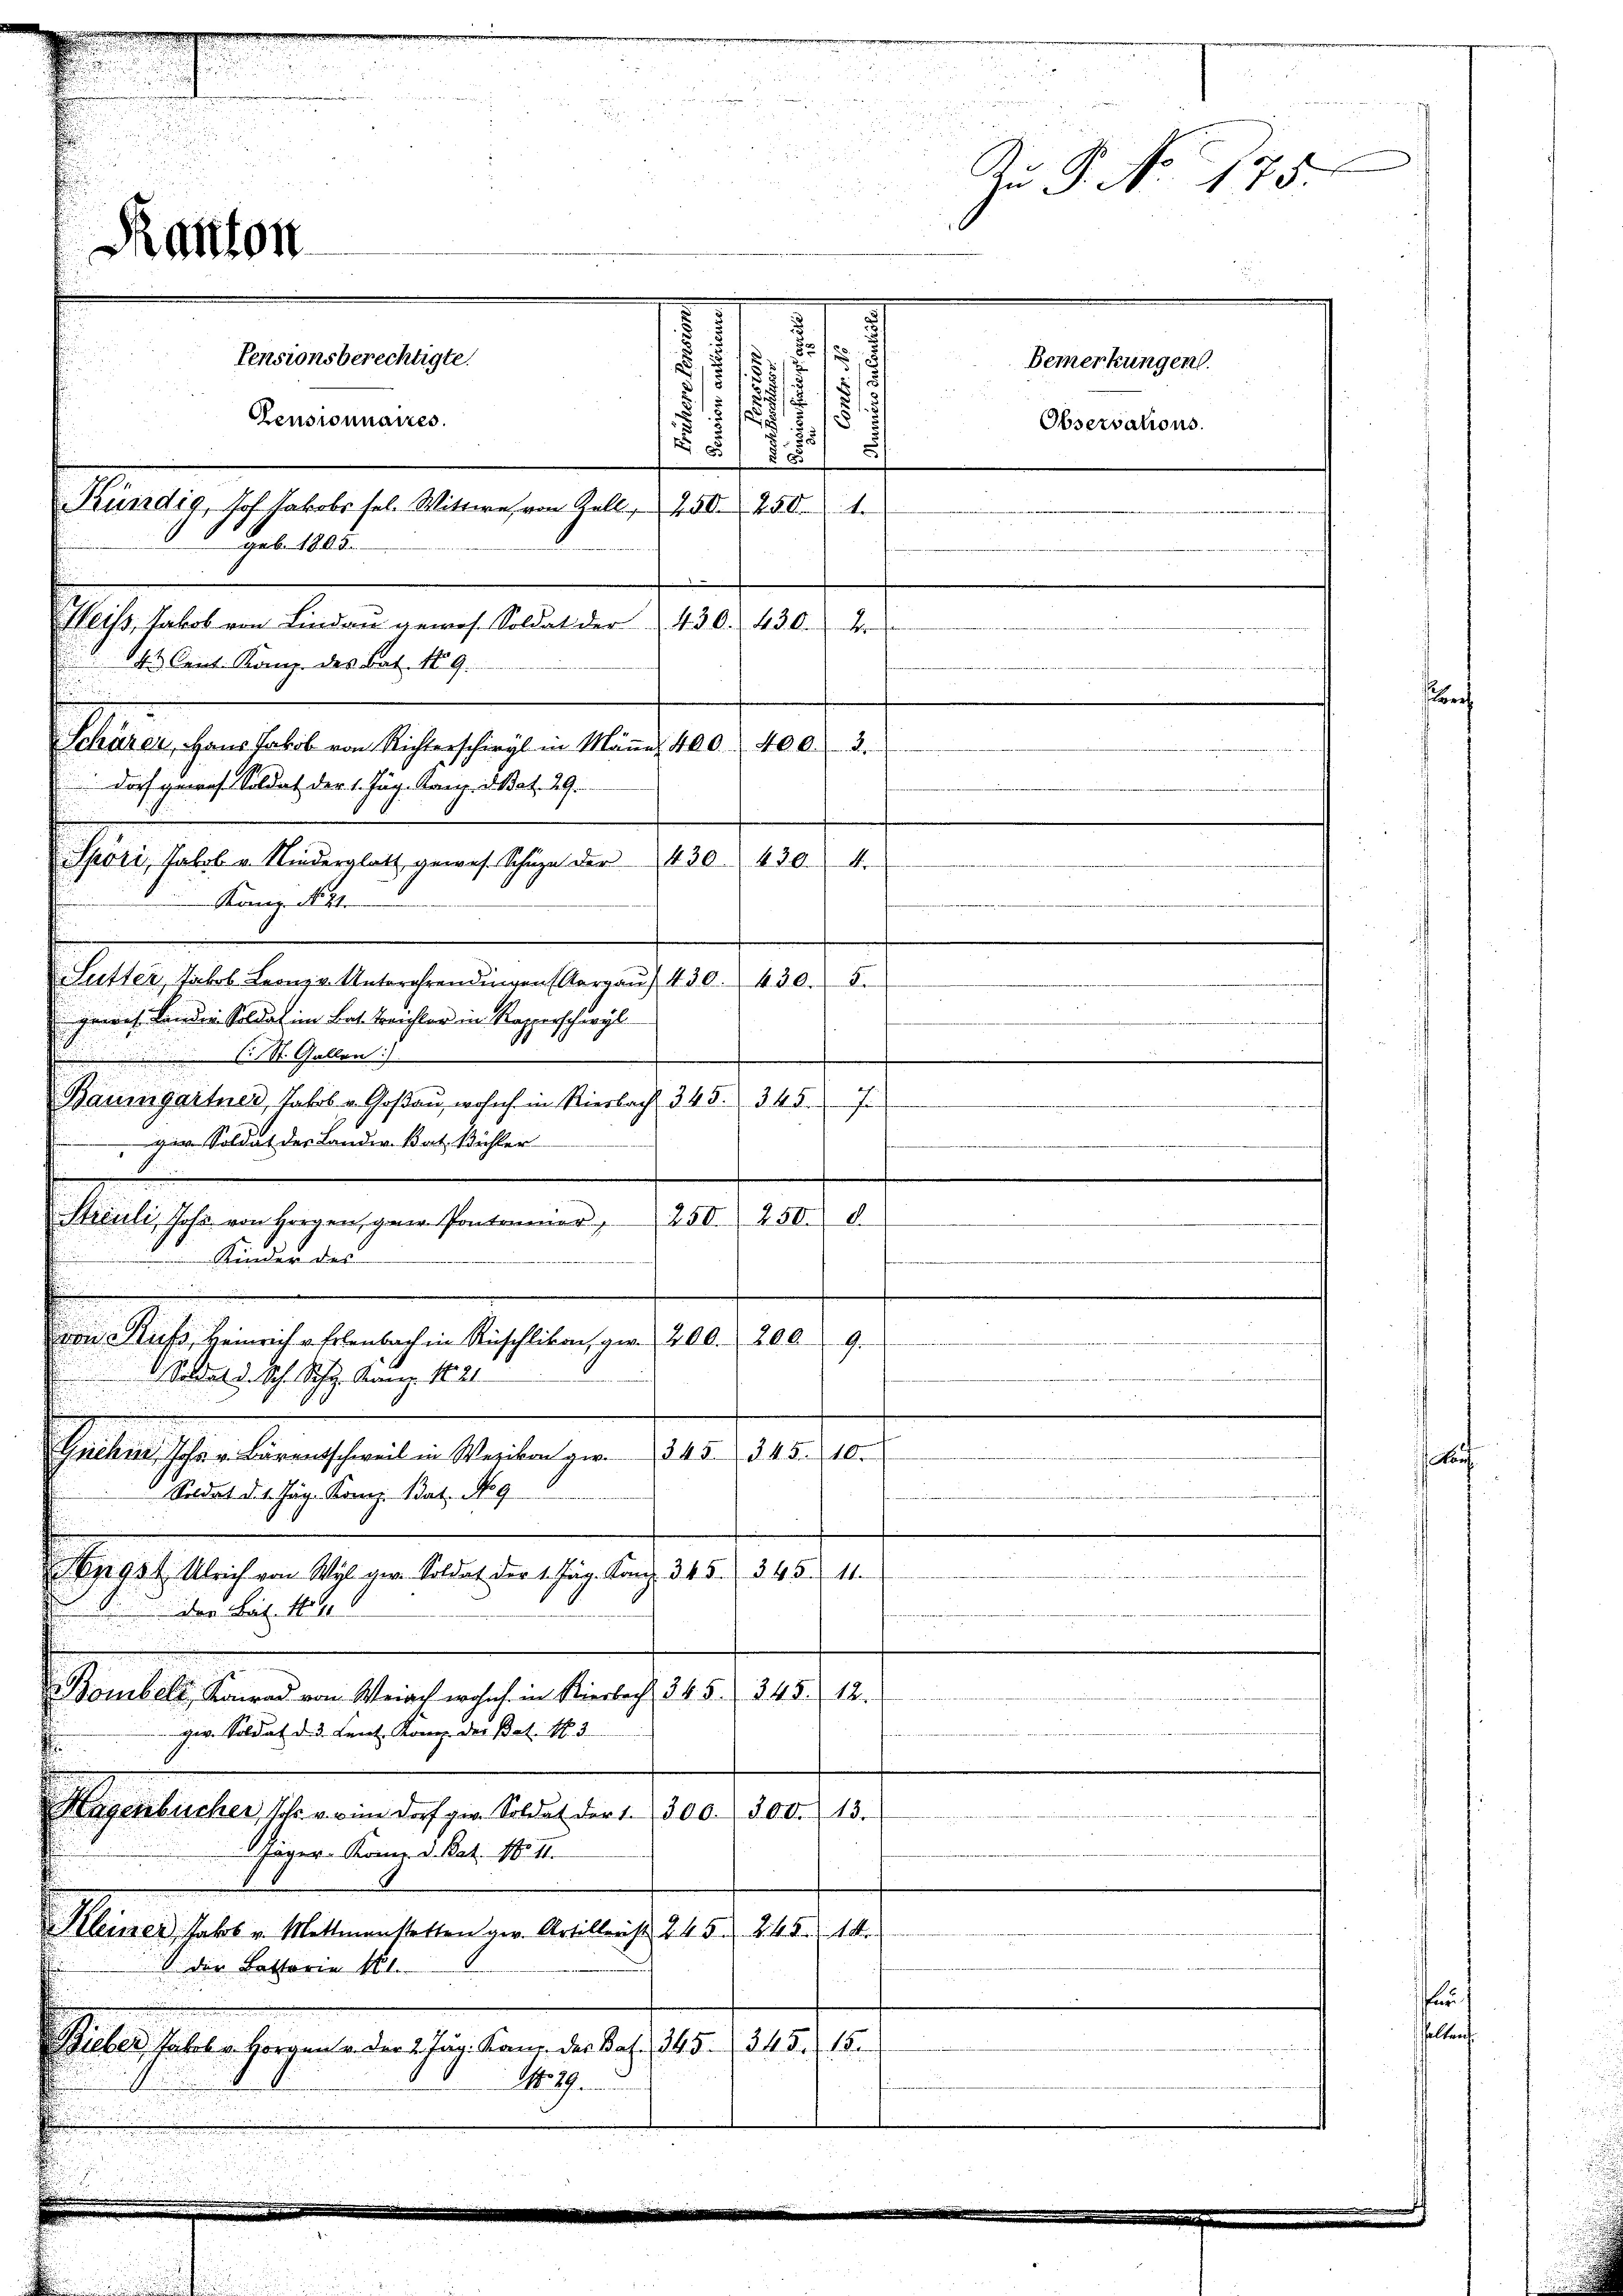
u

Kanton

.
1
.
5
s
.
.
17
Dorf gewes. Soldat der 1. Jäg. Krei. d. Bat. 29.
430.
Spöri, Salob u. Niederglatt gewes. Schuze der 430
A
Kanz. N. 44
Sutter, Jakob Leonz v. Unterohrendingen (Aargaŭ) 430. 430.
gerres Landen Soldat im Bat. Treichter in Rapperschürzl
 18. Gallen:
gir Soldat des Lander Bat. Wichter
2.50. 8.
250.
Mastischen gegangen sammen,
.
Kinder des

d
von Stufe, Heinrich Erlenbach in Rüschlikon, per 200. 2069
e
 Soldat d. Sch. Joh. Kanz. 1821
.
245 § 45. 10.
n
Seiteresserlingsheiten Seiten zu
Soldat d. 1. Jäg. Komp. dat. No 9
e
Be 95f Ulrich von Wyl am Soldat der 1. Jäg. Kong. 345. 3454.
der Bat. 1
Bombett, Konrad von Weiach wohnh. in Kierbach, 345. 345. 12.
e
ger. Soldat d. d. Lent. König. der Bat. N. 3
f
15.
Hugenbücher, schr. v. im Dorf ge. Soldat der 1. 300. 300.
Jäger. Könne. d. Rat. No II.
Kleiner Fahrt v. Mettmenstetten ger. Artillenst 24. 5. d. d. 14
V. der Bettaria 11.
Rieber, Jakob Horgen an der 2 Jun. Kanz. des Bat. 345 (1345. 15.
No. 29.

Pensionsberechtigte.
Censionnaires.
Kündig, hof Jakobs sel. Wittwe, von Zell, 400. 250. 1.
Geb. 1805.
Heiss, Jakob von Lindau gewes. Soldat der 430. 430.

14 Cant. Kanz. des Bat. No 9.

Bemerkungen.
Observations.

d
Schärer, Hans Jakob von Richterschirgl in Mäṅer 400. 40 l. 3.

2
.
1
Baumgartner, Jakob u. Goßau, wosich in Riesbach 345. 345. 7
.

Zu P. No. 175.

¬
¬